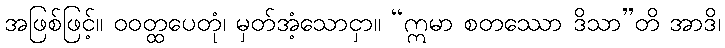
အဖြစ်ဖြင့်။ ဝဝတ္ထပေတုံ၊ မှတ်အံ့သောငှာ။ “ဣမာ စတဿော ဒိသာ”တိ အာဒိ၊